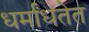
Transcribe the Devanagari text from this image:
धर्मांधतेत